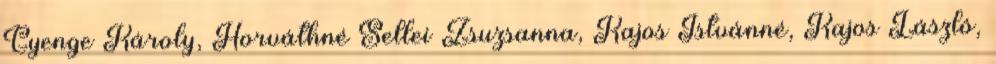
Gyenge Károly, Horváthné Sellei Zsuzsanna, Kajos Istvánné, Kajos László,